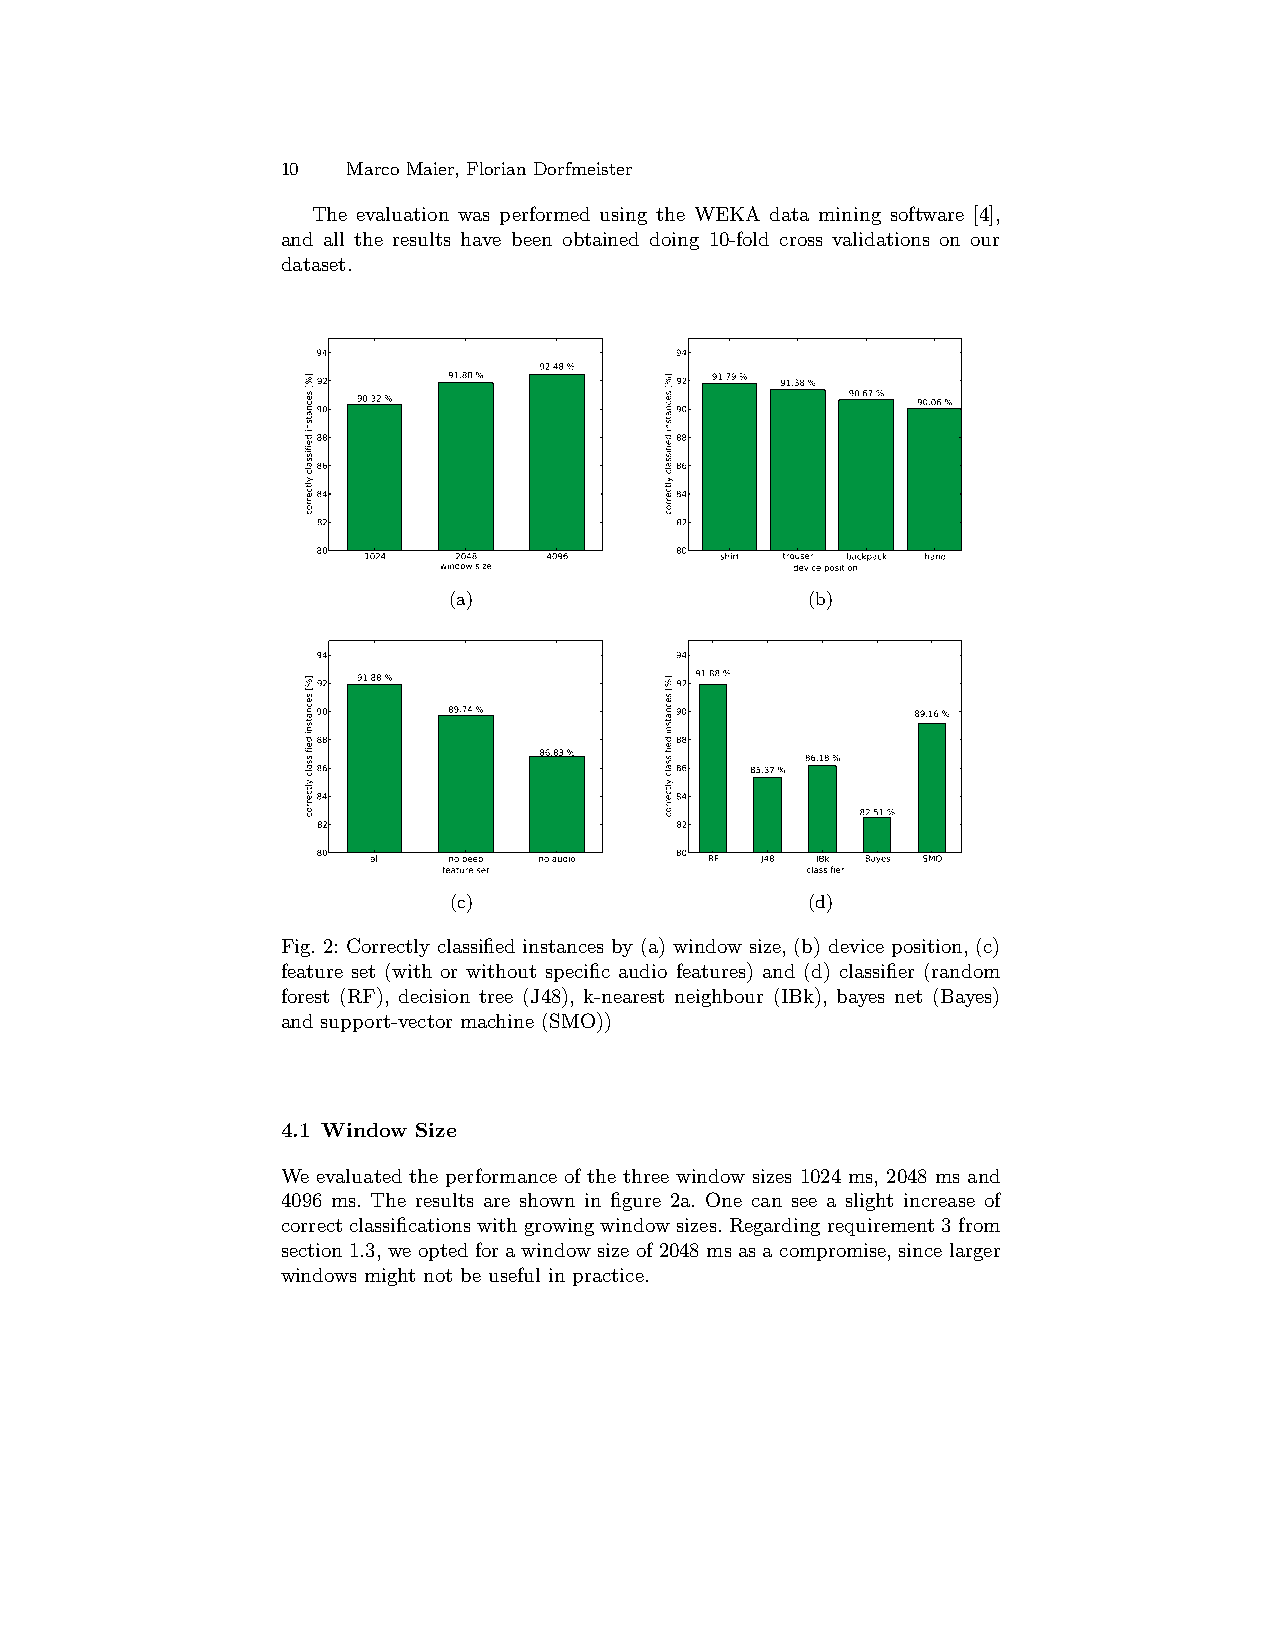
10  Marco Maier, Florian Dorfmeister
 The evaluation was performed using the WEKA data mining software [4],
 and all the results have been obtained doing 10-fold cross validations on our
 dataset.
 94                      94
 92.48 %
 92       91.88 %        92 91.79 % 91.38 %
 90.32 %                         90.67 % 90.06 %
 90                      90
 88                      88
 86                      86
 84                      84
 82                      82
 80 1024  2048  4096     80 shirt trouser backpack hand
 window size             device position
 (a)                    (b)
 94                      94
 92 91.88 %              92 91.88 %
 90       89.74 %        90              89.16 %
 88                      88
 86.83 %          86.18 %
 86                      86   85.37 %
 84                      84
 82.51 %
 82                      82
 80  all  no beep no audio 80 RF J48 IBk Bayes SMO
 feature set             classifier
 (c)                    (d)
 Fig. 2: Correctly classified instances by (a) window size, (b) device position, (c)
 feature set (with or without specific audio features) and (d) classifier (random
 forest (RF), decision tree (J48), k-nearest neighbour (IBk), bayes net (Bayes)
 and support-vector machine (SMO))
 4.1 Window Size
 We evaluated the performance of the three window sizes 1024 ms, 2048 ms and
 4096 ms. The results are shown in figure 2a. One can see a slight increase of
 correctclassificationswithgrowingwindowsizes.Regardingrequirement3from
 section1.3,weoptedforawindowsizeof2048msasacompromise,sincelarger
 windows might not be useful in practice.
 ]%[
 secnatsni
 deifissalc
 yltcerroc
 ]%[
 secnatsni
 deifissalc
 yltcerroc
 ]%[
 secnatsni
 deifissalc
 yltcerroc
 ]%[
 secnatsni
 deifissalc
 yltcerroc